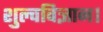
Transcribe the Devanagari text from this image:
शुल्वविज्ञान।